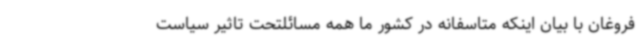
فروغان با بیان اینکه متاسفانه در کشور ما همه مسائلتحت تاثیر سیاست